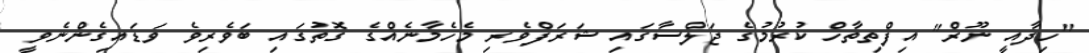
"ހިދާއީ ނޫރް" އިފްތިތާހް ކުރުމުގެ ޖަލްސާގައި ޝަރަފްވެރި މެހެމާނެއްގެ ގޮތުގައި ބަވެރިވެ ވަޑައިގެންނެވީ